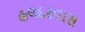
હલદરવાસ